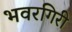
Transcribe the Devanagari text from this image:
भवरगिरी